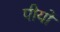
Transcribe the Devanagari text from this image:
पीयों